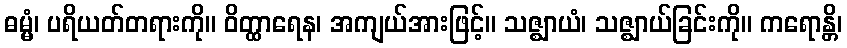
ဓမ္မံ၊ ပရိယတ်တရားကို။ ဝိတ္ထာရေန၊ အကျယ်အားဖြင့်။ သဇ္ဈာယံ၊ သဇ္ဈာယ်ခြင်းကို။ ကရောန္တိ၊